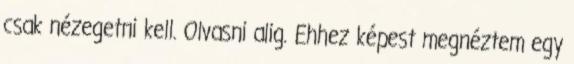
csak nézegetni kell. Olvasni alig. Ehhez képest megnéztem egy